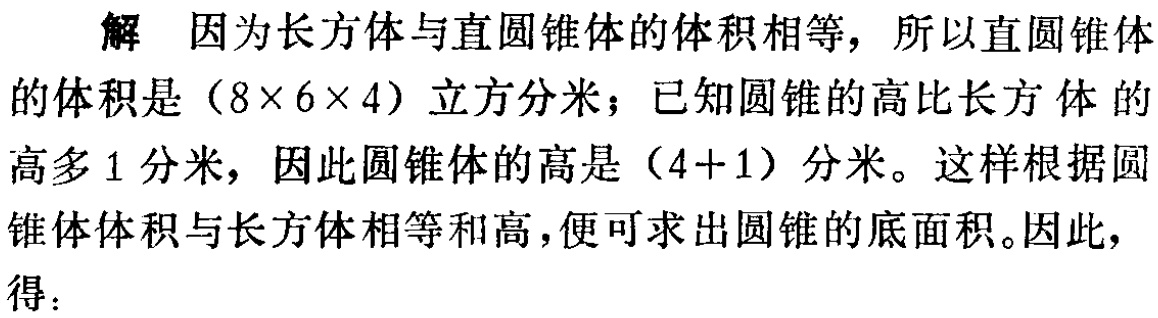
解 因为长方体与直圆锥体的体积相等，所以直圆锥体的体积是\((8\times6\times4)\)立方分米；已知圆锥的高比长方体的高多\(1\)分米，因此圆锥体的高是\((4 + 1)\)分米。这样根据圆锥体体积与长方体相等和高，便可求出圆锥的底面积。因此，得：